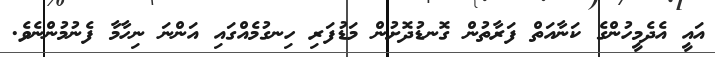
އައީ އެދެމީހުންގެ ކަނާއަތް ފަރާތުން ގޮނޑުދޮށުން މަޑުފަރި ހިނގުމެއްގައި އަންނަ ނިހާމާ ފެނުމުންނެވެ.